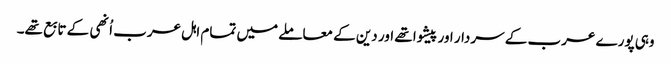
وہی پورے عرب کے سردار اور پیشوا تھے اور دین کے معاملے میں تمام اہل عرب اُنھی کے تابع تھے۔